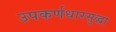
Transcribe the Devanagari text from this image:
उपकर्णधारसुद्धा